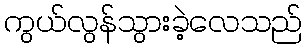
ကွယ်လွန်သွားခဲ့လေသည်